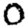
Digit: 0